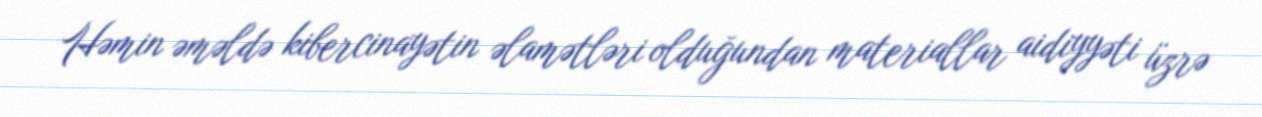
Həmin əməldə kibercinayətin əlamətləri olduğundan materiallar aidiyyəti üzrə